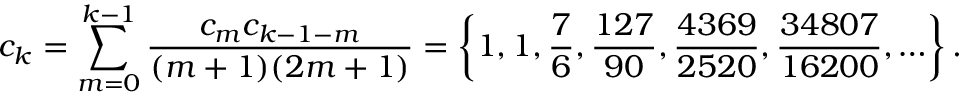
c _ { k } = \sum _ { m = 0 } ^ { k - 1 } { \frac { c _ { m } c _ { k - 1 - m } } { ( m + 1 ) ( 2 m + 1 ) } } = \left\{ 1 , 1 , { \frac { 7 } { 6 } } , { \frac { 1 2 7 } { 9 0 } } , { \frac { 4 3 6 9 } { 2 5 2 0 } } , { \frac { 3 4 8 0 7 } { 1 6 2 0 0 } } , \ldots \right\} .